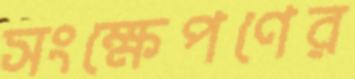
সংক্ষেপণের